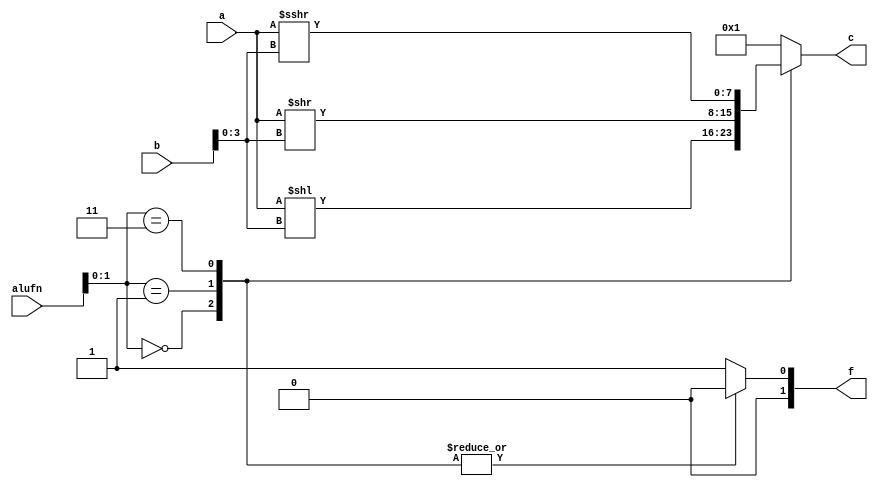
/*
   This file was generated automatically by the Mojo IDE version B1.3.6.
   Do not edit this file directly. Instead edit the original Lucid source.
   This is a temporary file and any changes made to it will be destroyed.
*/

module shift_6 (
    input [5:0] alufn,
    input [7:0] a,
    input [7:0] b,
    output reg [7:0] c,
    output reg [1:0] f
  );
  
  
  
  always @* begin
    f = 2'h1;
    c = 8'h01;
    
    case (alufn[0+1-:2])
      2'h0: begin
        f = 2'h0;
        c = a << b[0+3-:4];
      end
      2'h1: begin
        f = 2'h0;
        c = a >> b[0+3-:4];
      end
      2'h3: begin
        f = 2'h0;
        c = $signed(a) >>> b[0+3-:4];
      end
    endcase
  end
endmodule